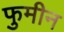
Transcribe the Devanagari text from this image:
फुमीन